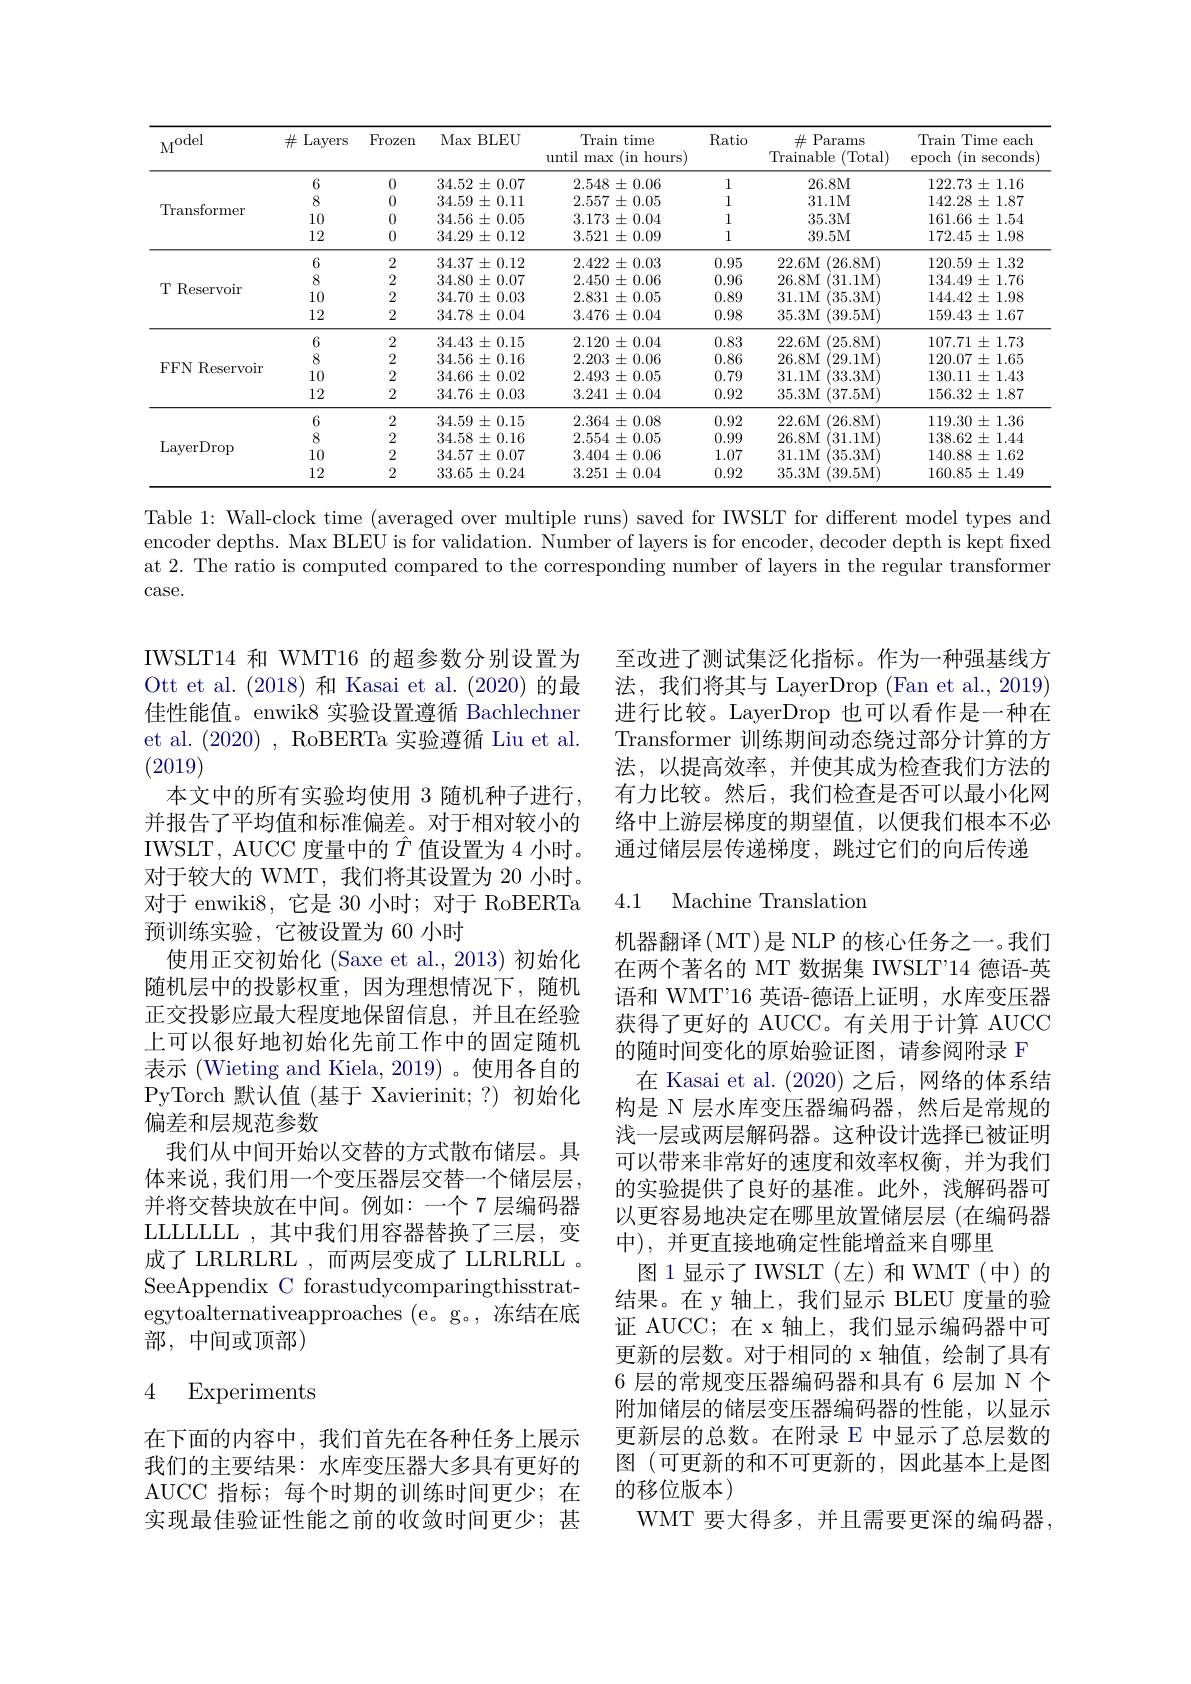
<table>
	<tbody>
		<tr>
			<th>$A_{\mathrm{~f}}^{\mathrm{Odel}}$</th>
			<th>$\#$Layers</th>
			<th>Frozen</th>
			<th>Max BLEU</th>
			<th>Train time (in hours $h$ until max</th>
			<th>Ratio</th>
			<th>$\#$ Params Trainable (Total)</th>
			<th>Train Time each $\operatorname{epoch}$ (in seconds</th>
		</tr>
		<tr>
			<td rowspan="4">Transformer</td>
			<td>6</td>
			<td>0</td>
			<td>$34.52\pm0.07$</td>
			<td>$2.548\pm0.06$</td>
			<td>1</td>
			<td>26.8M</td>
			<td>$122.73\pm1.16$</td>
		</tr>
		<tr>
			<td>8</td>
			<td>0</td>
			<td>$34.59\pm0.11$</td>
			<td>$2.557\pm0.05$</td>
			<td>1</td>
			<td>31.1M</td>
			<td>$142.28\pm1.87$</td>
		</tr>
		<tr>
			<td>10</td>
			<td>0</td>
			<td>$34.56\pm0.05$</td>
			<td>$3.173\pm0.04$</td>
			<td>1</td>
			<td>35.3M</td>
			<td>$161.66\pm1.54$</td>
		</tr>
		<tr>
			<td>12</td>
			<td>0</td>
			<td>$34.29\pm0.12$</td>
			<td>$3.521\pm0.09$</td>
			<td>1</td>
			<td>39.5M</td>
			<td>$172.45\pm1.98$</td>
		</tr>
		<tr>
			<td rowspan="4">TReservoir</td>
			<td>6</td>
			<td>2</td>
			<td>$34.37\pm0.12$</td>
			<td>2.422 $2\pm0.03$</td>
			<td>0.95</td>
			<td>$I~(26.8$M) 22.6M</td>
			<td>$120.59\pm1.32$</td>
		</tr>
		<tr>
			<td>8</td>
			<td>2</td>
			<td>$34.80\pm0.07$</td>
			<td>$2.450\pm0.06$</td>
			<td>0.96</td>
			<td>26.8M 31.1M</td>
			<td>$134.49\pm1.76$</td>
		</tr>
		<tr>
			<td>10</td>
			<td>2</td>
			<td>$34.70\pm0.03$</td>
			<td>$2.831\pm0.05$</td>
			<td>0.89</td>
			<td>31.1M 35.3M</td>
			<td>$144.42\pm1.98$</td>
		</tr>
		<tr>
			<td>12</td>
			<td>2</td>
			<td>$34.78\pm0.04$</td>
			<td>$3.476\pm0.04$</td>
			<td>0.98</td>
			<td>35.3M (39.5M)</td>
			<td>$159.43\pm1.67$</td>
		</tr>
		<tr>
			<td rowspan="4">FFN Reservoir</td>
			<td>6</td>
			<td>2</td>
			<td>$34.43\pm0.15$</td>
			<td>$)\pm0.04$ 2.120</td>
			<td>0.83</td>
			<td>22.6M 1 (25.8M)</td>
			<td>$107.71\pm1.73$</td>
		</tr>
		<tr>
			<td>8</td>
			<td>2</td>
			<td>$34.56\pm0.16$</td>
			<td>$2.203\pm0.06$</td>
			<td>0.86</td>
			<td>26.8M (29.1MY</td>
			<td>$120.07\pm1.65$</td>
		</tr>
		<tr>
			<td>10</td>
			<td>2</td>
			<td>$34.66\pm0.02$</td>
			<td>$2.493\pm0.05$</td>
			<td>0.79</td>
			<td>31.1M (33.3M</td>
			<td>$130.11\pm1.43$</td>
		</tr>
		<tr>
			<td>12</td>
			<td>2</td>
			<td>$34.76\pm0.03$</td>
			<td>$3.241\pm0.04$</td>
			<td>0.92</td>
			<td>35.3M (37.5M)</td>
			<td>$156.32\pm1.87$</td>
		</tr>
		<tr>
			<td rowspan="4">$\operatorname{LayerDrop}$</td>
			<td>6</td>
			<td>2</td>
			<td>$34.59\pm0.15$</td>
			<td>$2.364\pm0.08$</td>
			<td>0.92</td>
			<td>22.6M ${\mathcal{I}}\left(26.8\mathrm{M}\right)$</td>
			<td>$119.30\pm1.36$</td>
		</tr>
		<tr>
			<td>8</td>
			<td>2</td>
			<td>$34.58\pm0.16$</td>
			<td>$2.554\pm0.05$</td>
			<td>0.99</td>
			<td>26.8M (31.1M</td>
			<td>$138.62\pm1.44$</td>
		</tr>
		<tr>
			<td>10</td>
			<td>2</td>
			<td>$34.57\pm0.07$</td>
			<td>$3.404\pm0.06$</td>
			<td>1.07</td>
			<td>31.1M (35.3M</td>
			<td>$140.88\pm1.62$</td>
		</tr>
		<tr>
			<td>12</td>
			<td>2</td>
			<td>$33.65\pm0.24$</td>
			<td>$3.251\pm0.04$</td>
			<td>0.92</td>
			<td>35.3M (39.5M)</td>
			<td>$160.85\pm1.49$</td>
		</tr>
	</tbody>
</table>

Table 1: Wall-clock time (averaged over multiple runs) saved for IWSLT for different model types and encoder depths. Max BLEU is for validation. Number of layers is for encoder, decoder depth is kept fixed at 2. The ratio is computed compared to the corresponding number of layers in the regular transformer $\operatorname{case.}$

IWSLT14 和 WMT16 的超参数分别设置为Ott et al.(2018) 和 Kasai et al.(2020) 的最佳性能值。enwik8 实验设置遵循 Bachlechner et al. (2020), RoBERTa 实验遵循 Liu et al. (2019)
本文中的所有实验均使用 3 随机种子进行， 并报告了平均值和标准偏差。对于相对较小的IWSLT, AUCC 度量中的$\hat{T}$值设置为 4 小时。对于较大的 WMT, 我们将其设置为 20 小时。对于 enwiki8, 它是 30 小时；对于 RoBERTa 预训练实验，它被设置为 60 小时
使用正交初始化 (Saxe et al., 2013) 初始化随机层中的投影权重，因为理想情况下，随机正交投影应最大程度地保留信息，并且在经验上可以很好地初始化先前工作中的固定随机表示 (Wieting and Kiela, 2019)。使用各自的PyTorch 默认值(基于 Xavierinit;?) 初始化偏差和层规范参数
我们从中间开始以交替的方式散布储层。具体来说，我们用一个变压器层交替一个储层层， 并将交替块放在中间。例如：一个 7 层编码器LLLLLLLL,其中我们用容器替换了三层，变成了 LRLRLRL ,而两层变成了 LLRLRLL , SeeAppendix C forastudycomparingthisstrategytoalternativeapproaches (e。g。,冻结在底部，中间或顶部)

## 4 Experiments

在下面的内容中，我们首先在各种任务上展示我们的主要结果：水库变压器大多具有更好的AUCC 指标；每个时期的训练时间更少；在实现最佳验证性能之前的收敛时间更少；甚

至改进了测试集泛化指标。作为一种强基线方法，我们将其与 LayerDrop (Fan et al.,2019) 进行比较。LayerDrop 也可以看作是一种在Transformer 训练期间动态绕过部分计算的方法，以提高效率，并使其成为检查我们方法的有力比较。然后，我们检查是否可以最小化网络中上游层梯度的期望值，以便我们根本不必通过储层层传递梯度，跳过它们的向后传递

### 4.1 Machine Translation

机器翻译(MT)是 NLP 的核心任务之一。我们在两个著名的 MT 数据集 IWSLT'14 德语-英语和 WMT'16 英语-德语上证明，水库变压器获得了更好的 AUCC。有关用于计算 AUCC 的随时间变化的原始验证图，请参阅附录 F
在 Kasai et al. (2020)之后，网络的体系结构是 N 层水库变压器编码器，然后是常规的浅一层或两层解码器。这种设计选择已被证明可以带来非常好的速度和效率权衡，并为我们的实验提供了良好的基准。此外，浅解码器可以更容易地决定在哪里放置储层层 (在编码器中), 并更直接地确定性能增益来自哪里
图1显示了IWSLT(左)和WMT(中)的结果。在 y 轴上，我们显示 BLEU 度量的验证 AUCC; 在 x 轴上，我们显示编码器中可更新的层数。对于相同的 x 轴值，绘制了具有6 层的常规变压器编码器和具有 6 层加 N 个附加储层的储层变压器编码器的性能，以显示更新层的总数。在附录 E 中显示了总层数的图 (可更新的和不可更新的，因此基本上是图的移位版本)
WMT 要大得多，并且需要更深的编码器，